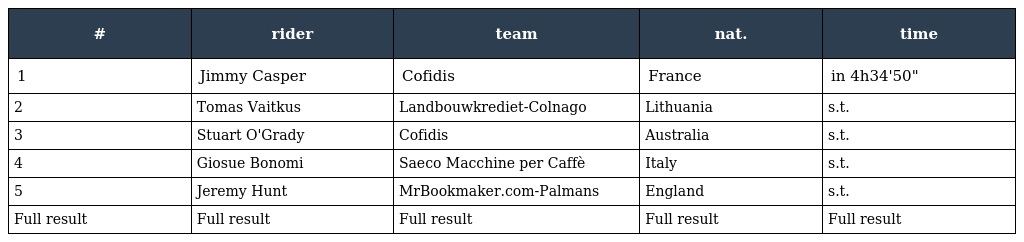
| # | rider | team | nat. | time |
 | --- | --- | --- | --- | --- |
 | 1 | Jimmy Casper | Cofidis | France | in 4h34'50" |
 | 2 | Tomas Vaitkus | Landbouwkrediet-Colnago | Lithuania | s.t. |
 | 3 | Stuart O'Grady | Cofidis | Australia | s.t. |
 | 4 | Giosue Bonomi | Saeco Macchine per Caffè | Italy | s.t. |
 | 5 | Jeremy Hunt | MrBookmaker.com-Palmans | England | s.t. |
 | Full result | Full result | Full result | Full result | Full result |